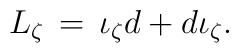
L_{\zeta} \,=\,\iota_{\zeta}d + {d\iota}_{\zeta}.